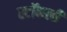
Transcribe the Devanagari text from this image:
स्टॉकली